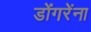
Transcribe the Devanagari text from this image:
डोंगरेंना